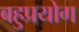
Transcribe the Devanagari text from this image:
बहुप्रयोग